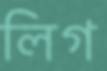
লিগ